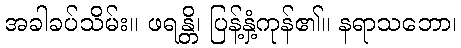
အခါခပ်သိမ်း။ ဖရန္တိ၊ ပြန့်နှံ့ကုန်၏။ နရာသဘော၊